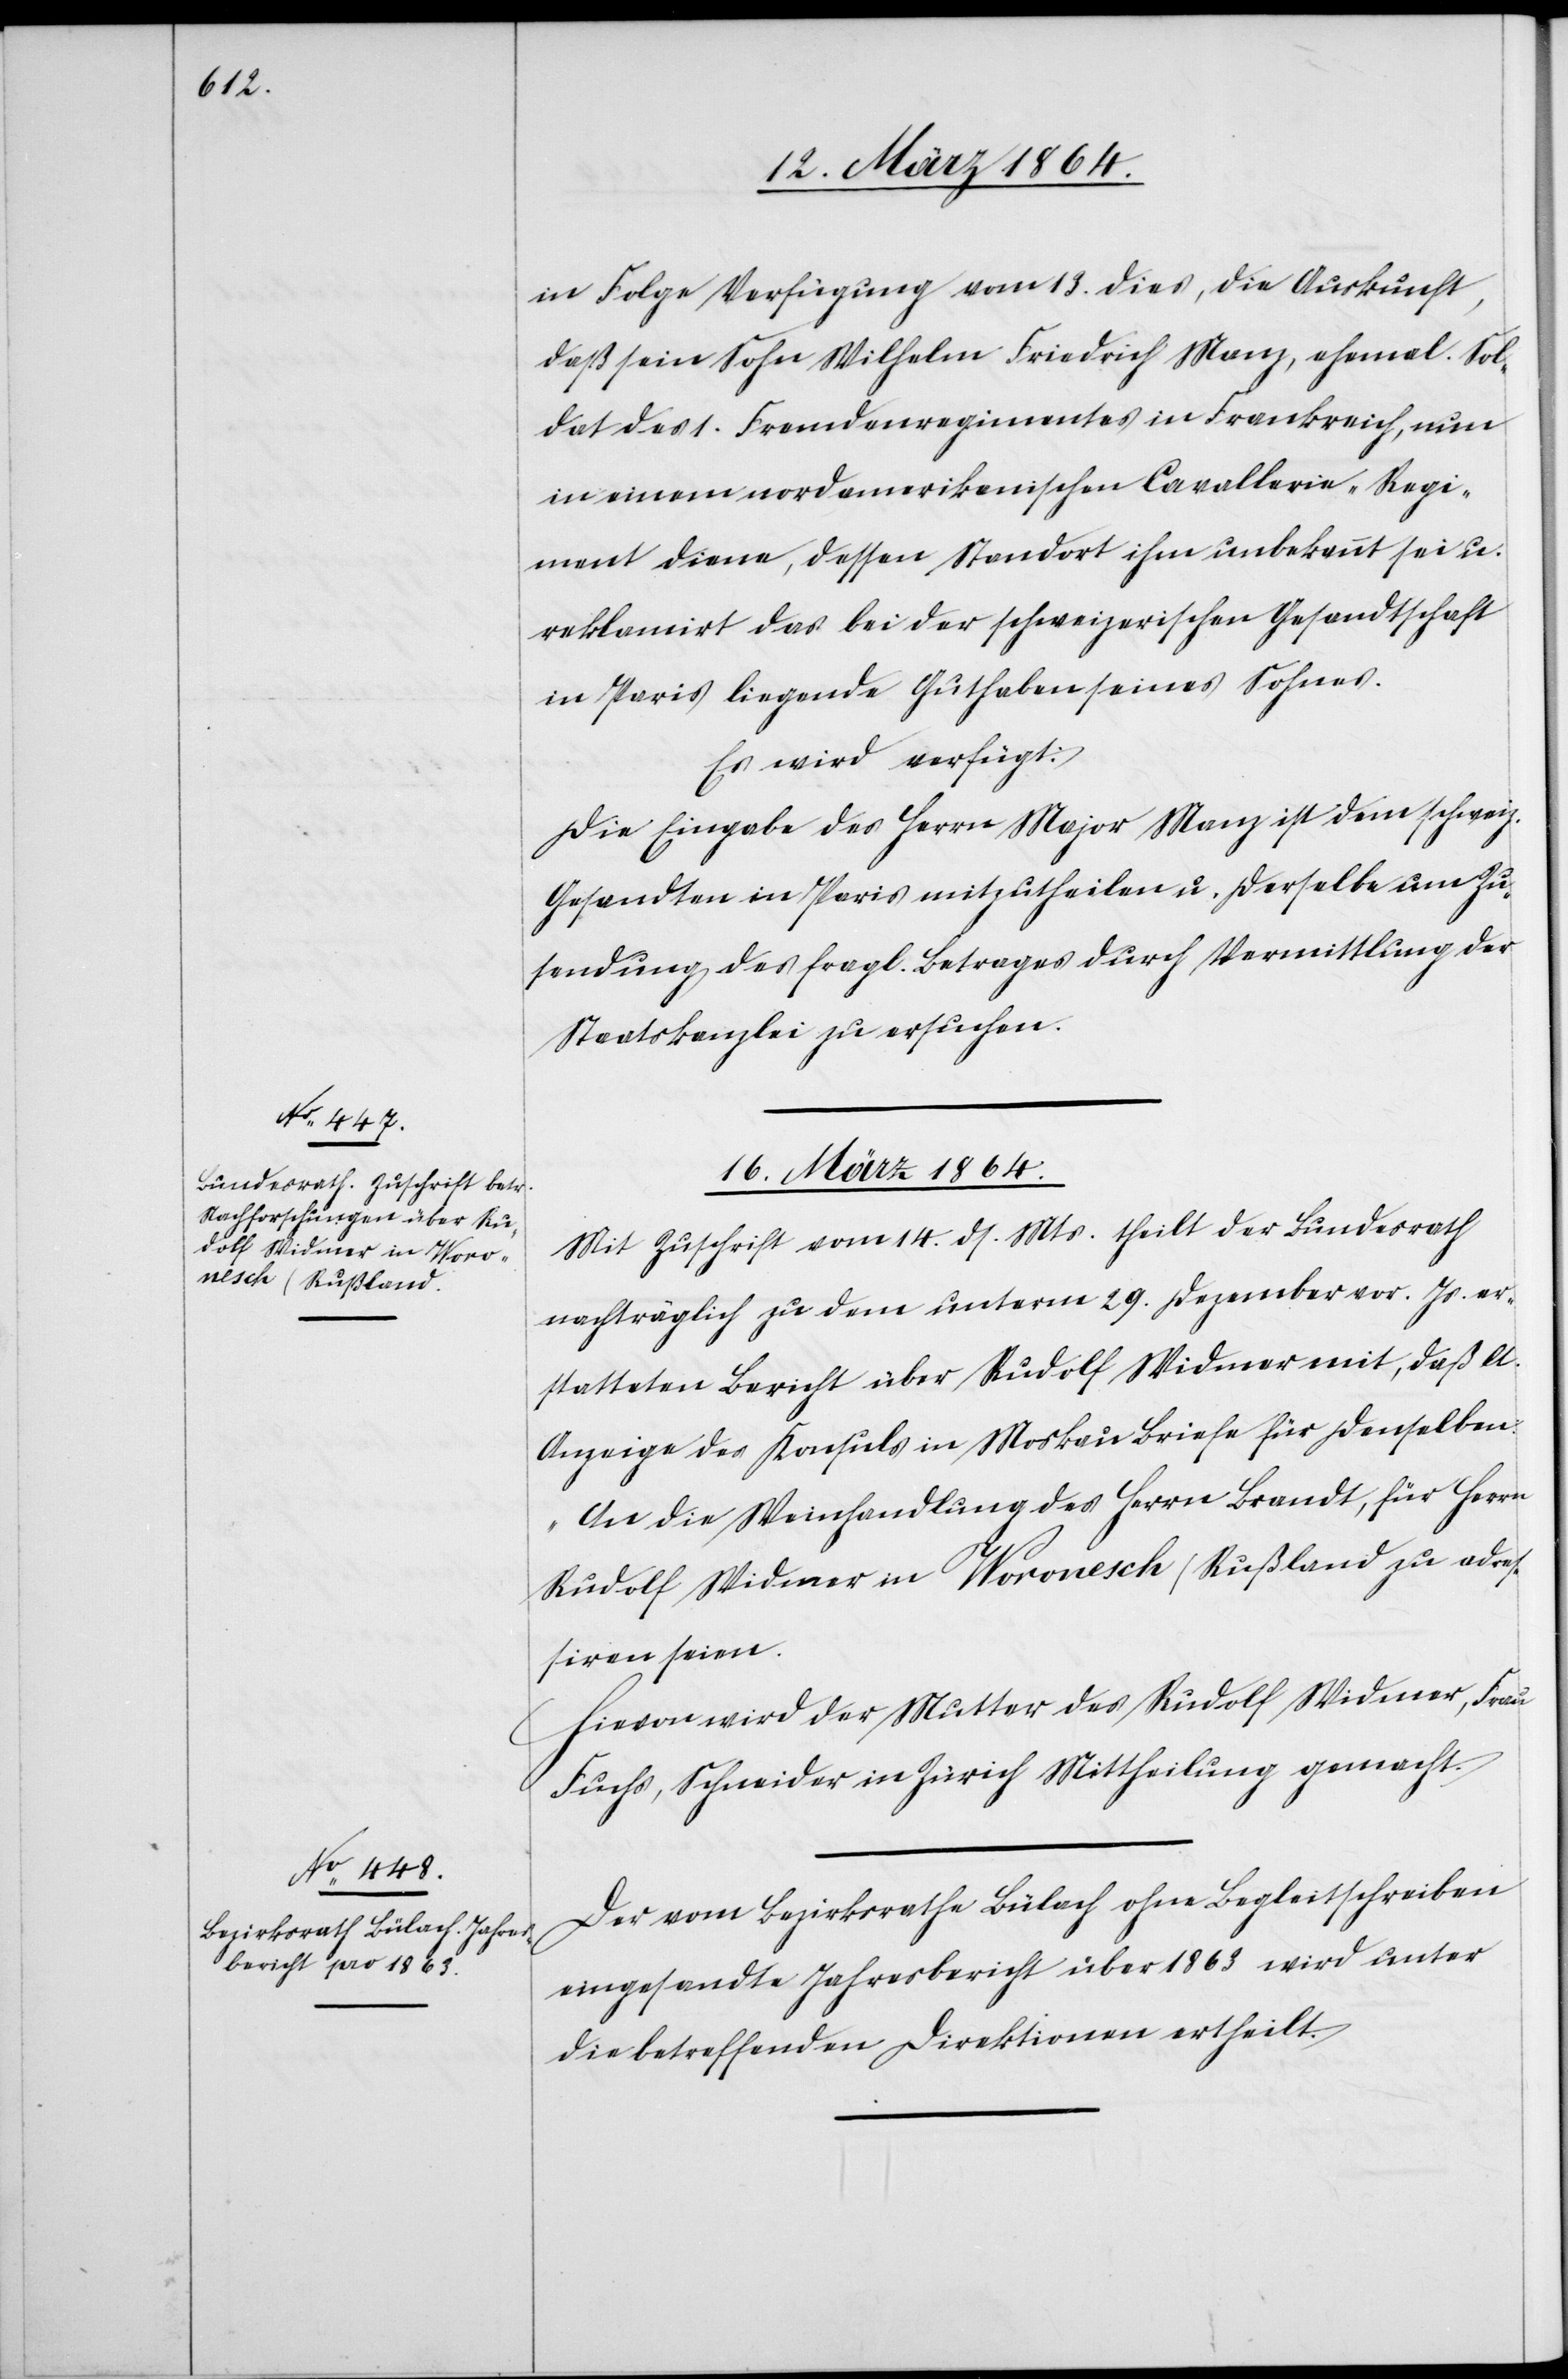
16. März 1864.]
in Folge Verfügung vom 13. dies, die Auskunft,
daß sein Sohn Wilhelm Friedrich Manz, ehemal. Sol¬
dat des 1. Fremdenregimentes in Frankreich, nun
in einem nordamerikanischen Cavallerie-Regi¬
ment diene, dessen Standort ihm unbekannt sei u.
reklamirt das bei der schweizerischen Gesandtschaft
in Paris liegende Guthaben seines Sohnes.
Es wird verfügt:
Die Eingabe des Herrn Major Manz ist dem schweiz.
Gesandten in Paris mitzutheilen u. derselbe um Zu¬
sendung des fragl. Betrages durch Vermittlung der
Staatskanzlei zu ersuchen.
Mit Zuschrift vom 14. ds. Mts. theilt der Bundesrath
nachträglich zu dem unterm 29. Dezember vor. Js. er¬
statteten Bericht über Rudolf Widmer mit, daß lt.
Anzeige des Konsuls in Moskau Briefe für denselben
„An die Weinhandlung des Herrn Brandt, für Herrn
Rudolf Widmer in Woronesch (Rußland)“ zu adres¬
siren seien.
Hievon wird der Mutter des Rudolf Widmer, Frau
Fuchs, Schneider in Zürich Mittheilung gemacht.
Der vom Bezirksrathe Bülach ohne Begleitschreiben
eingesandte Jahresbericht über 1863 wird unter
die betreffenden Direktionen ertheilt.